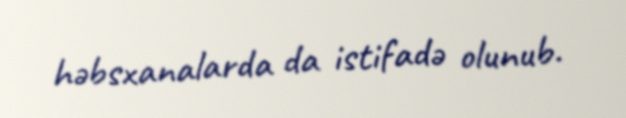
həbsxanalarda da istifadə olunub.